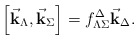
\begin{align*}\left[\vec{\bf k}_{\Lambda},\vec{\bf k}_{\Sigma}\right] =f^{\Delta}_{\Lambda\Sigma}\vec{\bf k}_{\Delta}.\end{align*}